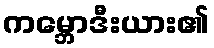
ကမ္ဘောဒီးယား၏